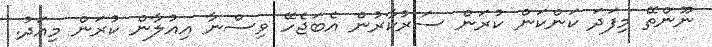
ނޫންތޭ މިފަދަ ކަންކަން ކުރަން ސަރުކާރުން އެބަޖެހޭ ވިސްނާ އިއުލާން ކުރަން މިއަދު.